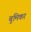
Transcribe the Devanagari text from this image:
बुमिका